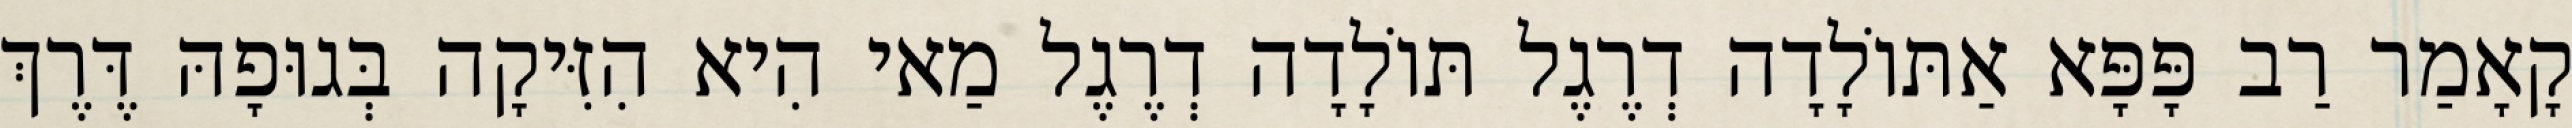
קָאָמַר רַב פָּפָּא אַתּוֹלָדָה דְרֶגֶל תּוֹלָדָה דְרֶגֶל מַאי הִיא הִזִּיקָה בְּגוּפָהּ דֶּרֶךְ